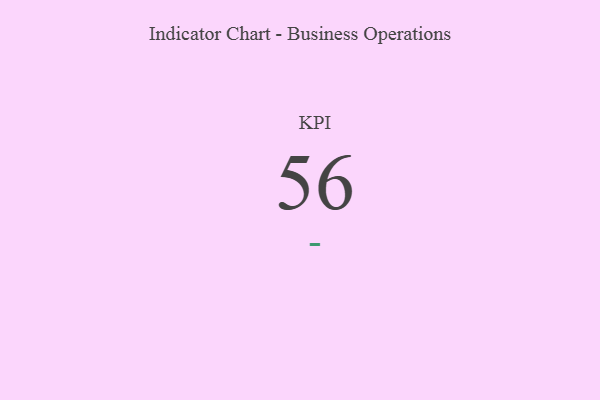
{"axis": {"x": "KPI", "y": "Value"}, "legend": [""], "data": [{"x": "KPI", "y": 56, "type": ""}]}